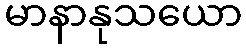
မာနာနုသယော